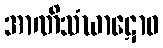
အာဏိသံဃာဋောဝ